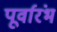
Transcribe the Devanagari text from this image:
पूर्वारंभ